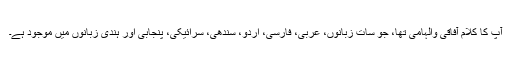
آپ کا کلام آفاقی والہامی تھا، جو سات زبانوں، عربی، فارسی، اردو، سندھی، سرائیکی، پنجابی اور ہندی زبانوں میں موجود ہے۔